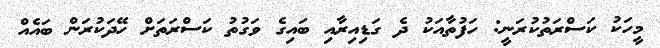
މީހަކު ކަސްރަތުކުރަނީ: ހަފުތާއަކު ދެ ގަޑިއިރާއި ބައިގެ ވަގުތު ކަސްރަތަށް ހޭދަކުރަން ބައެއް